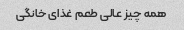
همه چیز عالی طعم غذای خانگی